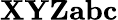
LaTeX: \mathbf{XYZabc}